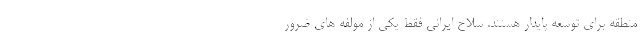
منطقه برای توسعه پایدار هستند. سلاح ایرانی فقط یکی از مولفه های ضرور